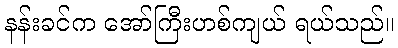
နန်းခင်က အော်ကြီးဟစ်ကျယ် ရယ်သည်။